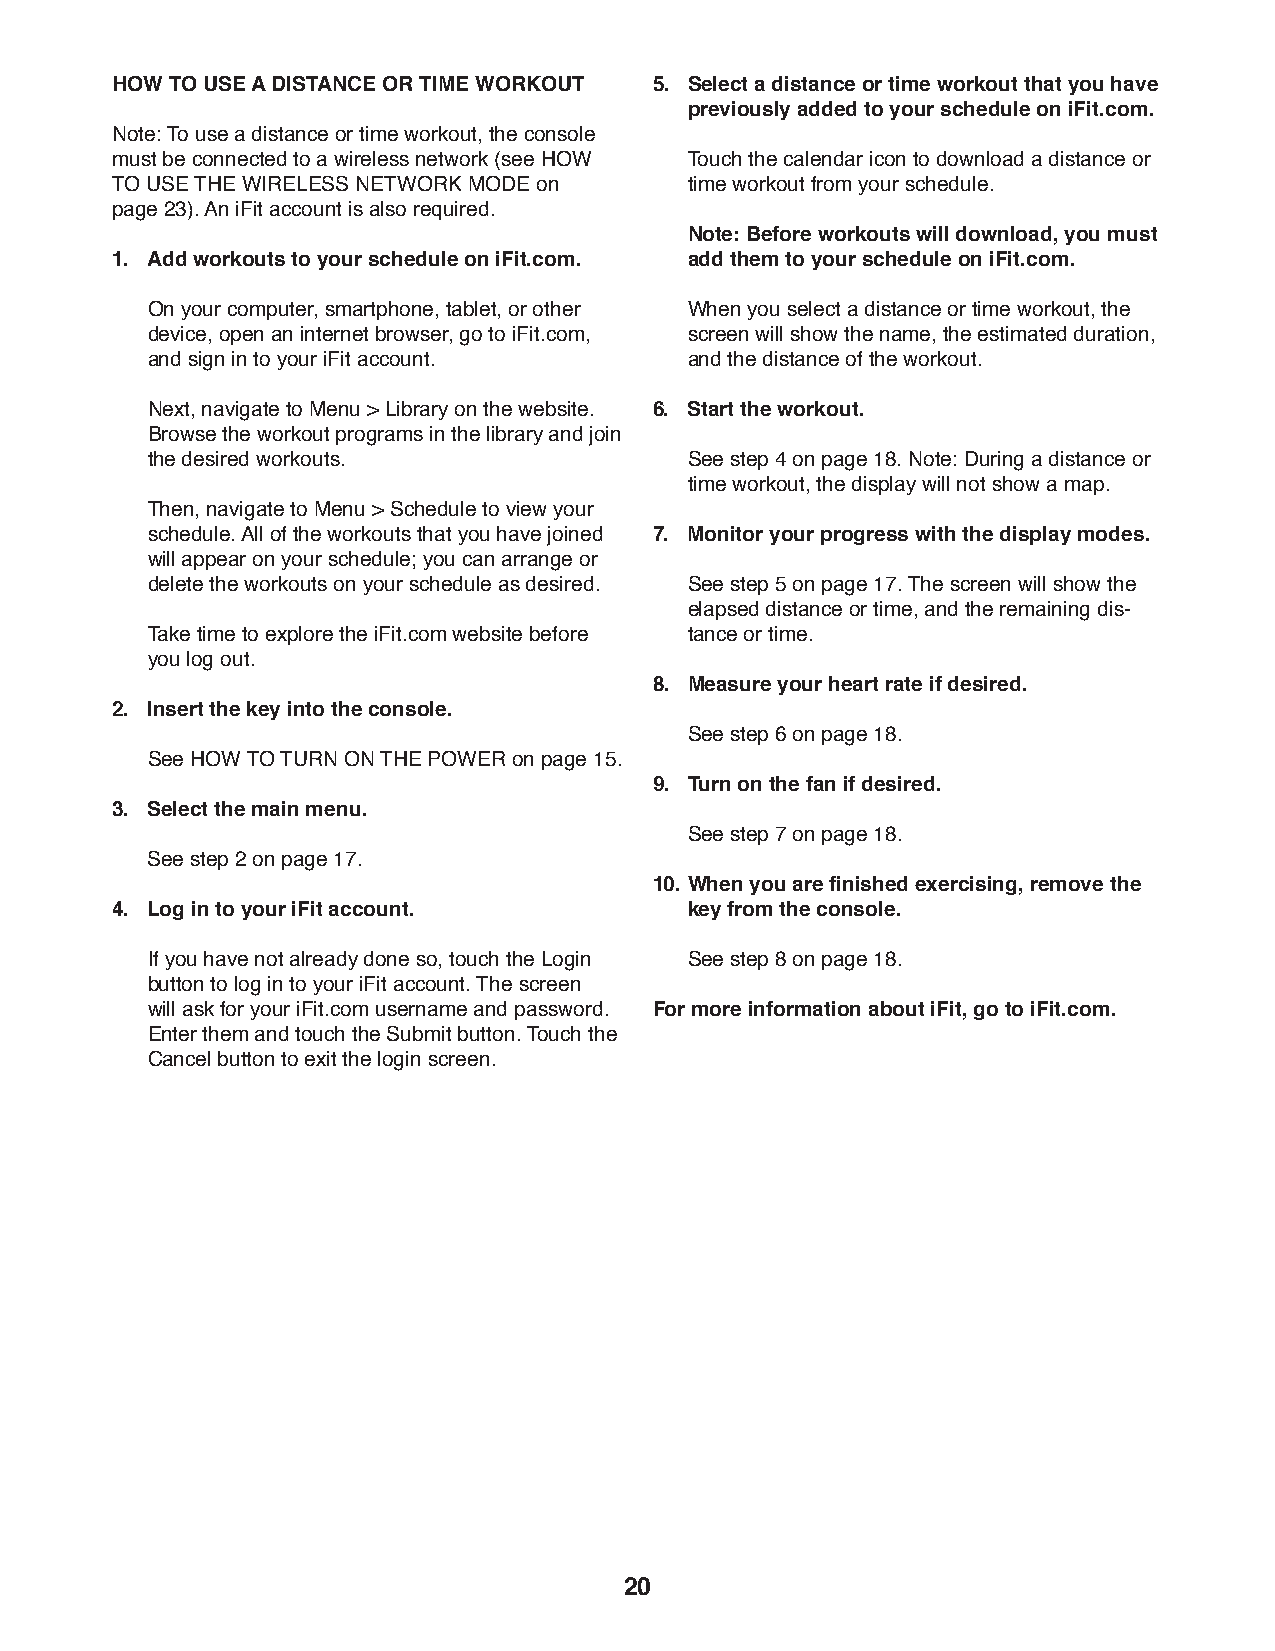
HOW TO USE A DISTANCE OR TIME WORKOUT 5. S elect a distance or time workout that you have
 previously added to your schedule on iFit.com.
 Note: To use a distance or time workout, the console
 must be connected to a wireless network (see HOW T ouch the calendar icon to download a distance or
 TO USE THE WIRELESS NETWORK MODE on    time workout from your schedule.
 page 23). An iFit account is also required.
 N ote: Before workouts will download, you must
 1. Add workouts to your schedule on iFit.com. add them to your schedule on iFit.com.
 O n your computer, smartphone, tablet, or other W hen you select a distance or time workout, the
 device, open an internet browser, go to iFit.com, screen will show the name, the estimated duration,
 and sign in to your iFit account.   and the distance of the workout.
 N ext, navigate to Menu > Library on the website. 6. Start the workout.
 Browse the workout programs in the library and join
 the desired workouts.               S ee step 4 on page 18. Note: During a distance or
 time workout, the display will not show a map.
 T hen, navigate to Menu > Schedule to view your
 schedule. All of the workouts that you have joined 7. Monitor your progress with the display modes.
 will appear on your schedule; you can arrange or
 delete the workouts on your schedule as desired. S ee step 5 on page 17. The screen will show the
 elapsed distance or time, and the remaining dis-
 T ake time to explore the iFit.com website before tance or time.
 you log out.
 8. M easure your heart rate if desired.
 2. Insert the key into the console.
 S ee step 6 on page 18.
 S ee HOW TO TURN ON THE POWER on page 15.
 9. T urn on the fan if desired.
 3. Select the main menu.
 S ee step 7 on page 18.
 See step 2 on page 17.
 10. When you are finished exercising, remove the
 4. Log in to your iFit account.        key from the console.
 I f you have not already done so, touch the Login S ee step 8 on page 18.
 button to log in to your iFit account. The screen
 will ask for your iFit.com username and password. For more information about iFit, go to iFit.com.
 Enter them and touch the Submit button. Touch the
 Cancel button to exit the login screen.
 20